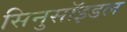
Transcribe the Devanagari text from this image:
सिनुसॉइडल